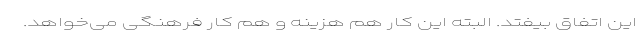
این اتفاق بیفتد. البته این کار هم هزینه و هم کار فرهنگی می‌خواهد.